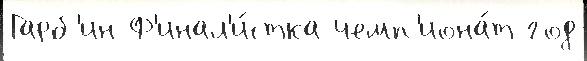
Гарб'ин Ф'инал'и́стка чемп'иона́т год